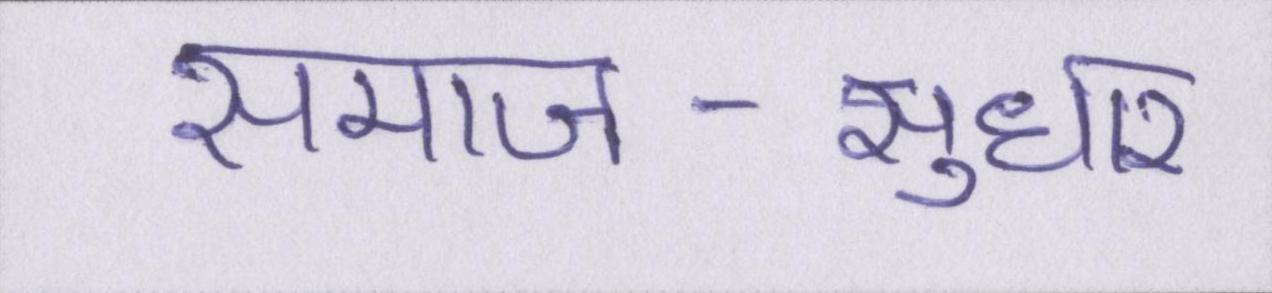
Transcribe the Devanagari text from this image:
समाज-सुधार